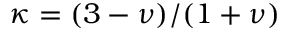
\kappa = ( 3 - \nu ) / ( 1 + \nu )